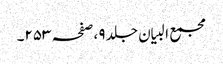
مجمع البیان جلد ٩ ،صفحہ ٢٥٣۔